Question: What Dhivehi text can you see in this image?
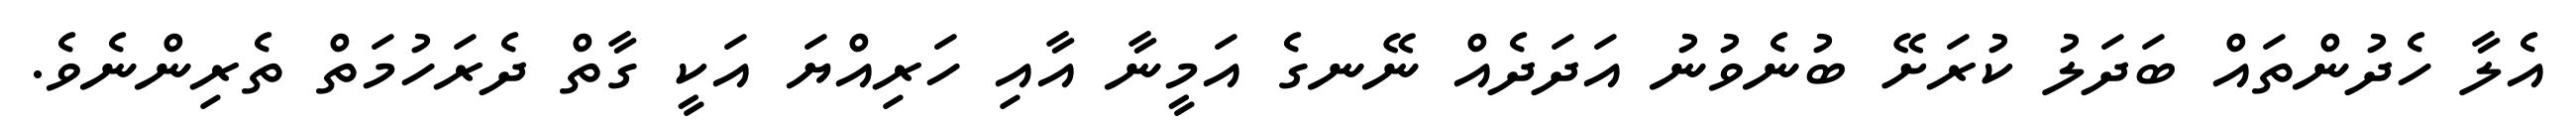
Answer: އެލާ ހެދުންތައް ބަދަލު ކުރަށޭ ބުނެވުނު އަދަދެއް ނޭނގެ އަމީނާ އާއި ހަރިއްޔަ އަކީ ގާތް ދެރަހުމަތް ތެރިންނެވެ.